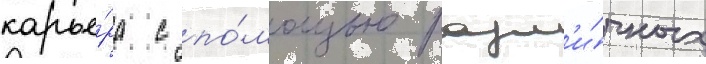
карье́ра с по́мощью разл'и́чных